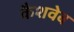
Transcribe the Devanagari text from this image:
कैशवेब